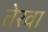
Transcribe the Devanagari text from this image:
तेरवा